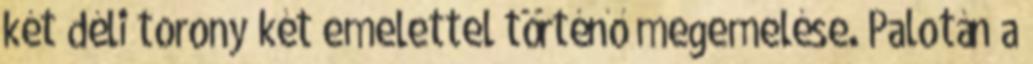
két déli torony két emelettel történő megemelése. Palotán a